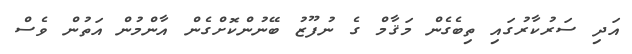
އަދި ސަރުކާރުގައި ތިބެގެން މަޤާމް ގެ ނުފޫޒު ބޭނުންކޮށްގެން އާންމުން އަތުން ވެސް